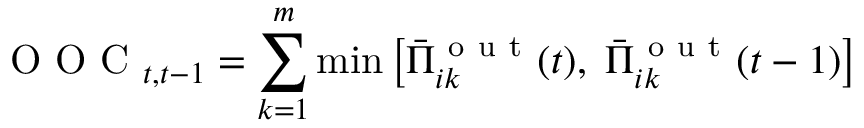
\mathrm { ~ O ~ O ~ C ~ } _ { t , t - 1 } = \sum _ { k = 1 } ^ { m } \operatorname* { m i n } \left[ \bar { \Pi } _ { i k } ^ { \mathrm { ~ o ~ u ~ t ~ } } ( t ) , \; \bar { \Pi } _ { i k } ^ { \mathrm { ~ o ~ u ~ t ~ } } ( t - 1 ) \right]